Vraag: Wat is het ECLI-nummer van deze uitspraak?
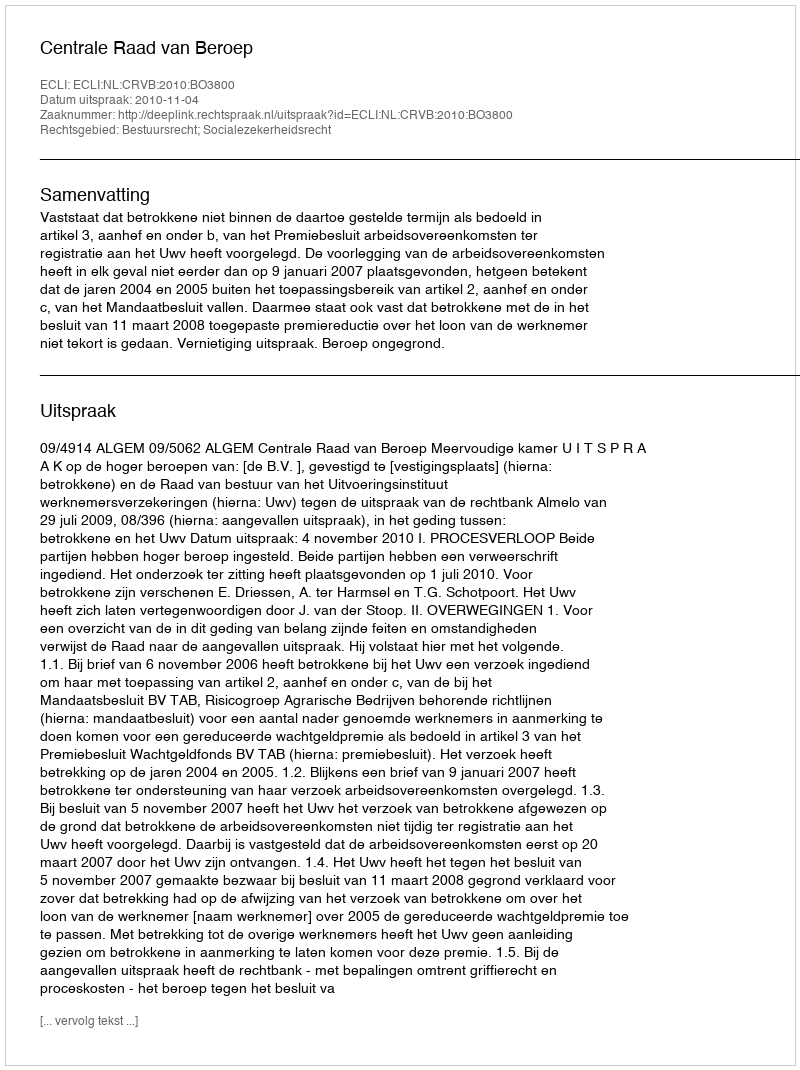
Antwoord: ECLI:NL:CRVB:2010:BO3800